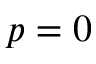
p = 0